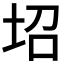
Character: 𡊱